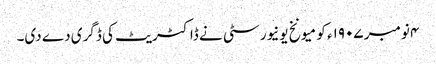
۴ نومبر ١٩٠۷ء کو میونخ یونیورسٹی نے ڈاکٹریٹ کی ڈگری دے دی۔